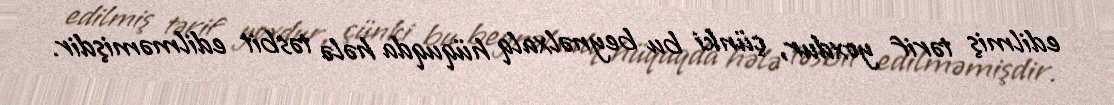
edilmiş tərif yoxdur, çünki bu beynəlxalq hüquqda hələ təsbit edilməmişdir.